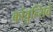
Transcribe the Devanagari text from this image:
कांवुल्सिवे